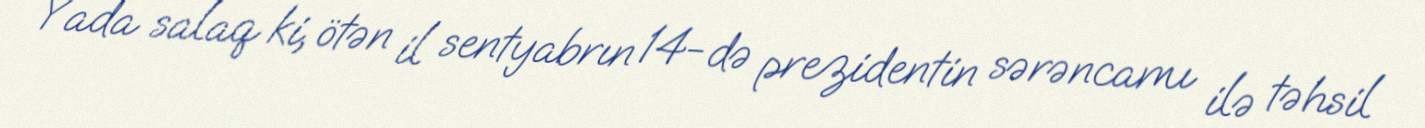
Yada salaq ki, ötən il sentyabrın 14-də prezidentin sərəncamı ilə təhsil